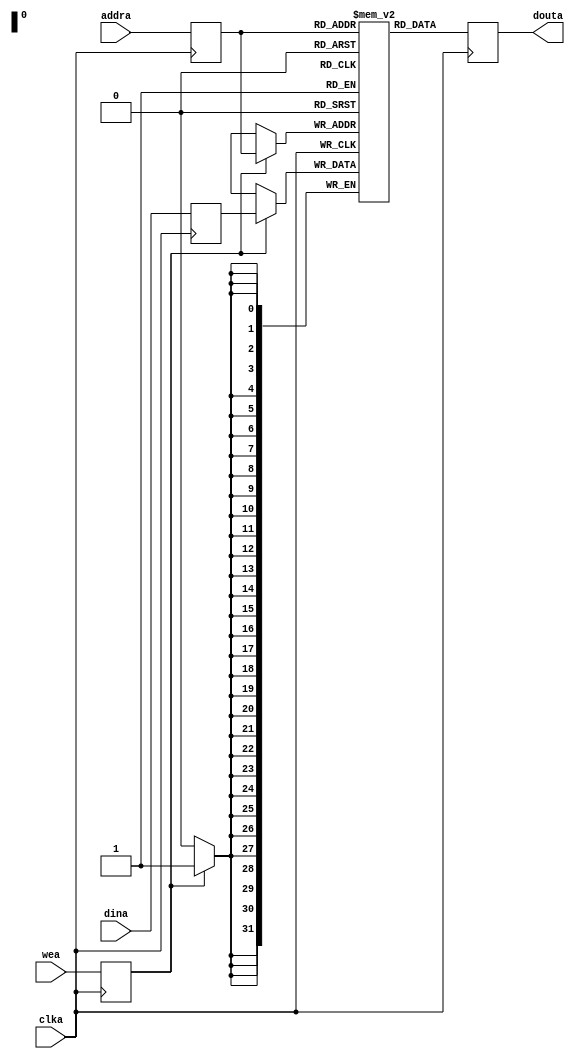
module rtlRam(
	clka,
	dina,
	addra,
	wea,
	douta);

parameter		dataWidth	 = 32;		// Width of data bus
parameter		addrWidth	 = 32;		// Width of address bus

input clka;
input [dataWidth-1 : 0] dina;
input [addrWidth-1 : 0] addra;
input wea;
output [dataWidth-1 : 0] douta;		  

reg [dataWidth-1:0] dinaReg;
reg [dataWidth-1:0] douta;   
reg [addrWidth-1:0] addraReg;
reg [dataWidth-1:0] snoopyRam [(2**addrWidth)-1:0];
reg weaReg;

always @(posedge clka)
begin				   
        addraReg <= addra;
        dinaReg  <= dina;
        douta <= snoopyRam[addraReg]; 
        weaReg <= wea;
        if(weaReg)
          snoopyRam[addraReg] <= dinaReg;
end	  
endmodule